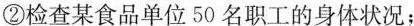
②检查某食品单位50名职工的身体状况；